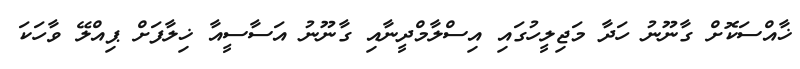
ޚާއްސަކޮށް ގާނޫނު ހަދާ މަޖިލީހުގައި އިސްލާމްދީނާއި ގާނޫނު އަސާސީއާ ޚިލާފަށް ޕިއްލޭ ވާހަކަ